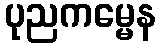
ပုညကမ္မေန